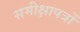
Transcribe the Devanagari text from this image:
समीक्षापत्रों